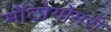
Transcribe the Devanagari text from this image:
मोंटोगोमरी